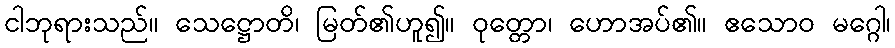
ငါဘုရားသည်။ သေဋ္ဌောတိ၊ မြတ်၏ဟူ၍။ ဝုတ္တော၊ ဟောအပ်၏။ ဧသောဝ မဂ္ဂေါ၊